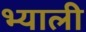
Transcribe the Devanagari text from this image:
भ्याली